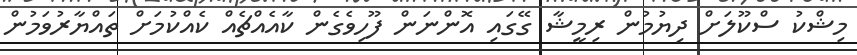
މިޝްކު ސްކޫލަށް ދިޔުމުން ރިމީޝާ ގޭގައި އޮންނަން ފޫހިވެގެން ކާއެއްޗެއް ކެއްކުމަށް ތައްޔާރުވަމުން